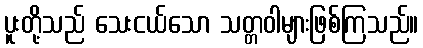
ပူးတို့သည် သေးငယ်သော သတ္တဝါများဖြစ်ကြသည်။